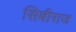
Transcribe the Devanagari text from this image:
सिबीराज